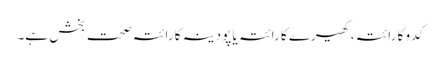
کدو کا رائتہ، کھیرے کا رائتہ یا پودینہ کا رائتہ صحت بخش ہے۔